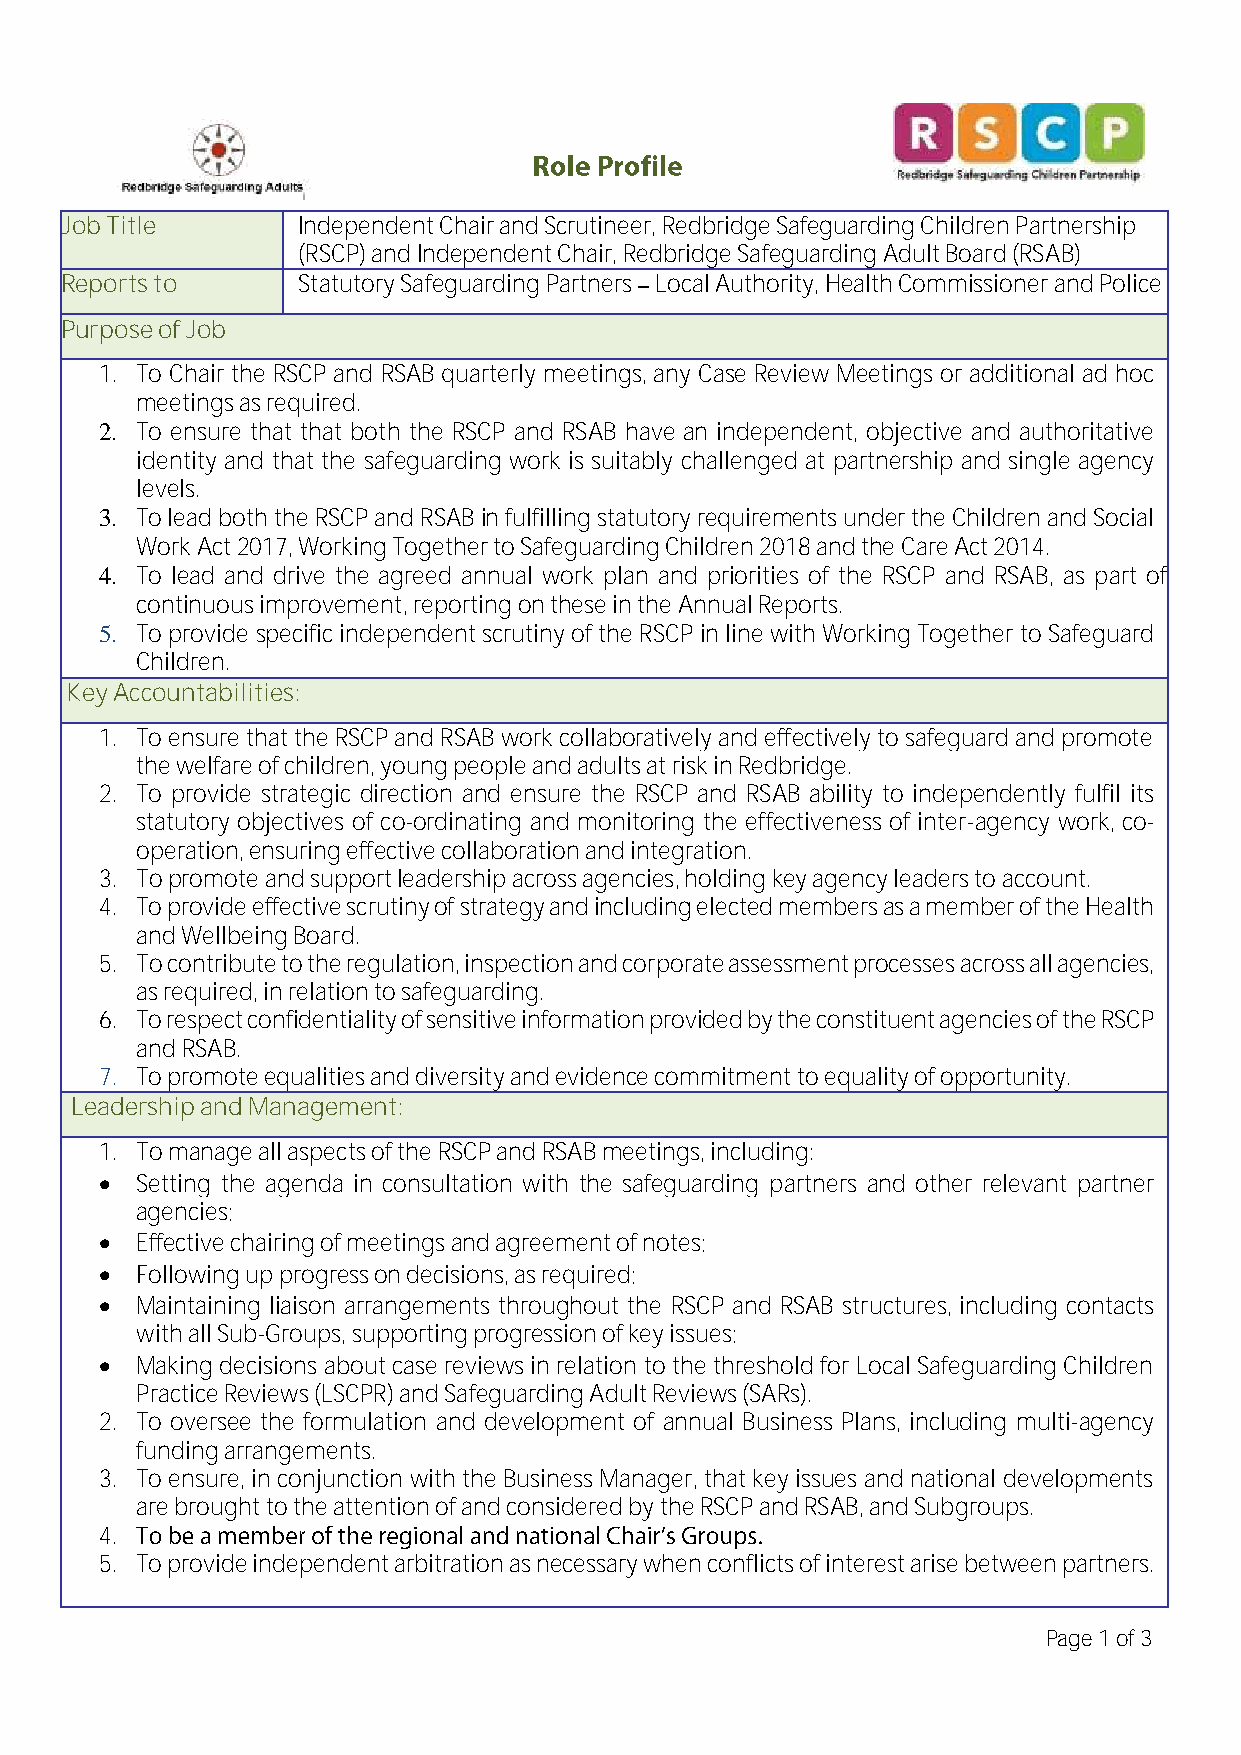
Job Title       Independent Chair and Scrutineer, Redbridge Safeguarding Children Partnership
 (RSCP) and Independent Chair, Redbridge Safeguarding Adult Board (RSAB)
 Reports to      Statutory Safeguarding Partners Local Authority, Health Commissioner and Police
 Purpose of Job
 1. To Chair the RSCP and RSAB quarterly meetings, any Case Review Meetings or additional ad hoc
 meetings as required.
 2. To ensure that that both the RSCP and RSAB have an independent, objective and authoritative
 identity and that the safeguarding work is suitably challenged at partnership and single agency
 levels.
 3. To lead both the RSCP and RSAB in fulfilling statutory requirements under the Children and Social
 Work Act 2017, Working Together to Safeguarding Children 2018 and the Care Act 2014.
 4. To lead and drive the agreed annual work plan and priorities of the RSCP and RSAB, as part of
 continuous improvement, reporting on these in the Annual Reports.
 5. To provide specific independent scrutiny of the RSCP in line with Working Together to Safeguard
 Children.
 Key Accountabilities:
 1. To ensure that the RSCP and RSAB work collaboratively and effectively to safeguard and promote
 the welfare of children, young people and adults at risk in Redbridge.
 2. To provide strategic direction and ensure the RSCP and RSAB ability to independently fulfil its
 statutory objectives of co-ordinating and monitoring the effectiveness of inter-agency work, co-
 operation, ensuring effective collaboration and integration.
 3. To promote and support leadership across agencies, holding key agency leaders to account.
 4. To provide effective scrutiny of strategy and including elected members as a member of the Health
 and Wellbeing Board.
 5. To contribute to the regulation, inspection and corporate assessment processes across all agencies,
 as required, in relation to safeguarding.
 6. To respect confidentiality of sensitive information provided by the constituent agencies of the RSCP
 and RSAB.
 7. To promote equalities and diversity and evidence commitment to equality of opportunity.
 Leadership and Management:
 1. To manage all aspects of the RSCP and RSAB meetings, including:
 • Setting the agenda in consultation with the safeguarding partners and other relevant partner
 agencies;
 • Effective chairing of meetings and agreement of notes;
 • Following up progress on decisions, as required;
 • Maintaining liaison arrangements throughout the RSCP and RSAB structures, including contacts
 with all Sub-Groups, supporting progression of key issues;
 • Making decisions about case reviews in relation to the threshold for Local Safeguarding Children
 Practice Reviews (LSCPR) and Safeguarding Adult Reviews (SARs).
 2. To oversee the formulation and development of annual Business Plans, including multi-agency
 funding arrangements.
 3. To ensure, in conjunction with the Business Manager, that key issues and national developments
 are brought to the attention of and considered by the RSCP and RSAB, and Subgroups.
 4.
 5. To provide independent arbitration as necessary when conflicts of interest arise between partners.
 Page 1 of 3